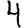
Digit: 4